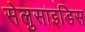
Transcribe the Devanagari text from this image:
सेलुसाइडिस